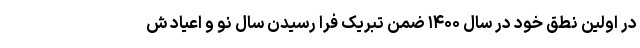
در اولین نطق خود در سال ۱۴۰۰ ضمن تبریک فرا رسیدن سال نو و اعیاد ش